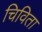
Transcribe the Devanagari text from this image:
चिविता